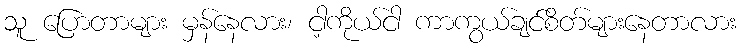
သူ ပြောတာများ မှန်နေလား၊ ငါ့ကိုယ်ငါ ကာကွယ်ချင်စိတ်များနေတာလား